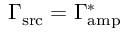
\Gamma _ { \mathrm { s r c } } = \Gamma _ { \mathrm { a m p } } ^ { \ast }